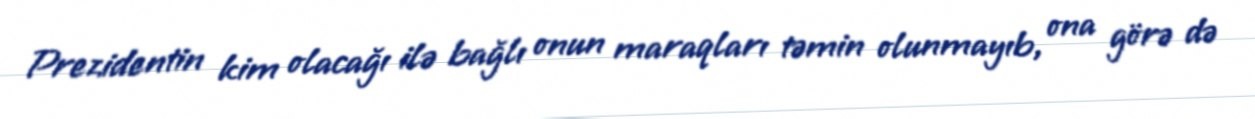
Prezidentin kim olacağı ilə bağlı onun maraqları təmin olunmayıb, ona görə də